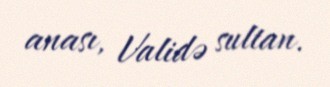
anası, Validə sultan.